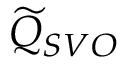
\widetilde { Q } _ { S V O }